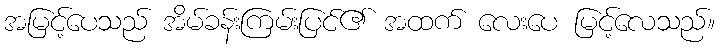
အမြင့်ပေသည် အိမ်ခန်းကြမ်းပြင်၏ အထက် လေးပေ မြင့်လေသည်။